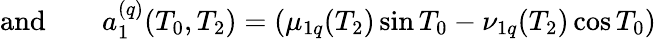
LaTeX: \begin{array}{rlr}{\textrm{and}}&{{}}&{a_{1}^{(q)}(T_{0},T_{2})=\left(\mu_{1q}(T_{2})\sin T_{0}-\nu_{1q}(T_{2})\cos T_{0}\right)}\end{array}